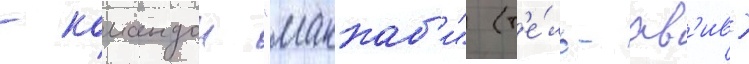
- командои "маккаб'и" (т'е́ль-ав'ив)